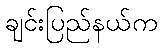
ချင်းပြည်နယ်က